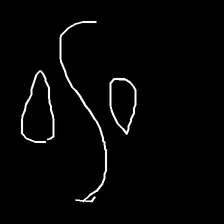
Glyph: water